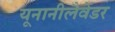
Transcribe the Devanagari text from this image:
यूनानीलैवेंडर